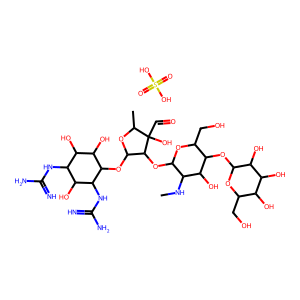
SMILES: CNC1C(OC2C(OC3C(O)C(O)C(NC(=N)N)C(O)C3NC(=N)N)OC(C)C2(O)C=O)OC(CO)C(OC2OC(CO)C(O)C(O)C2O)C1O.O=S(=O)(O)O
Inhibits HIV replication: No